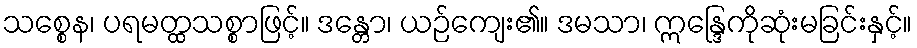
သစ္စေန၊ ပရမတ္ထသစ္စာဖြင့်။ ဒန္တော၊ ယဉ်ကျေး၏။ ဒမသာ၊ ဣန္ဒြေကိုဆုံးမခြင်းနှင့်။